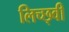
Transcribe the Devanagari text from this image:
लिच्छ्वी